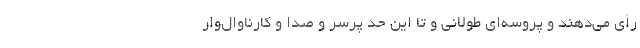
رأی می‌دهند و پروسه‌ای طولانی و تا این حد پرسر و صدا و کارناوال‌وار